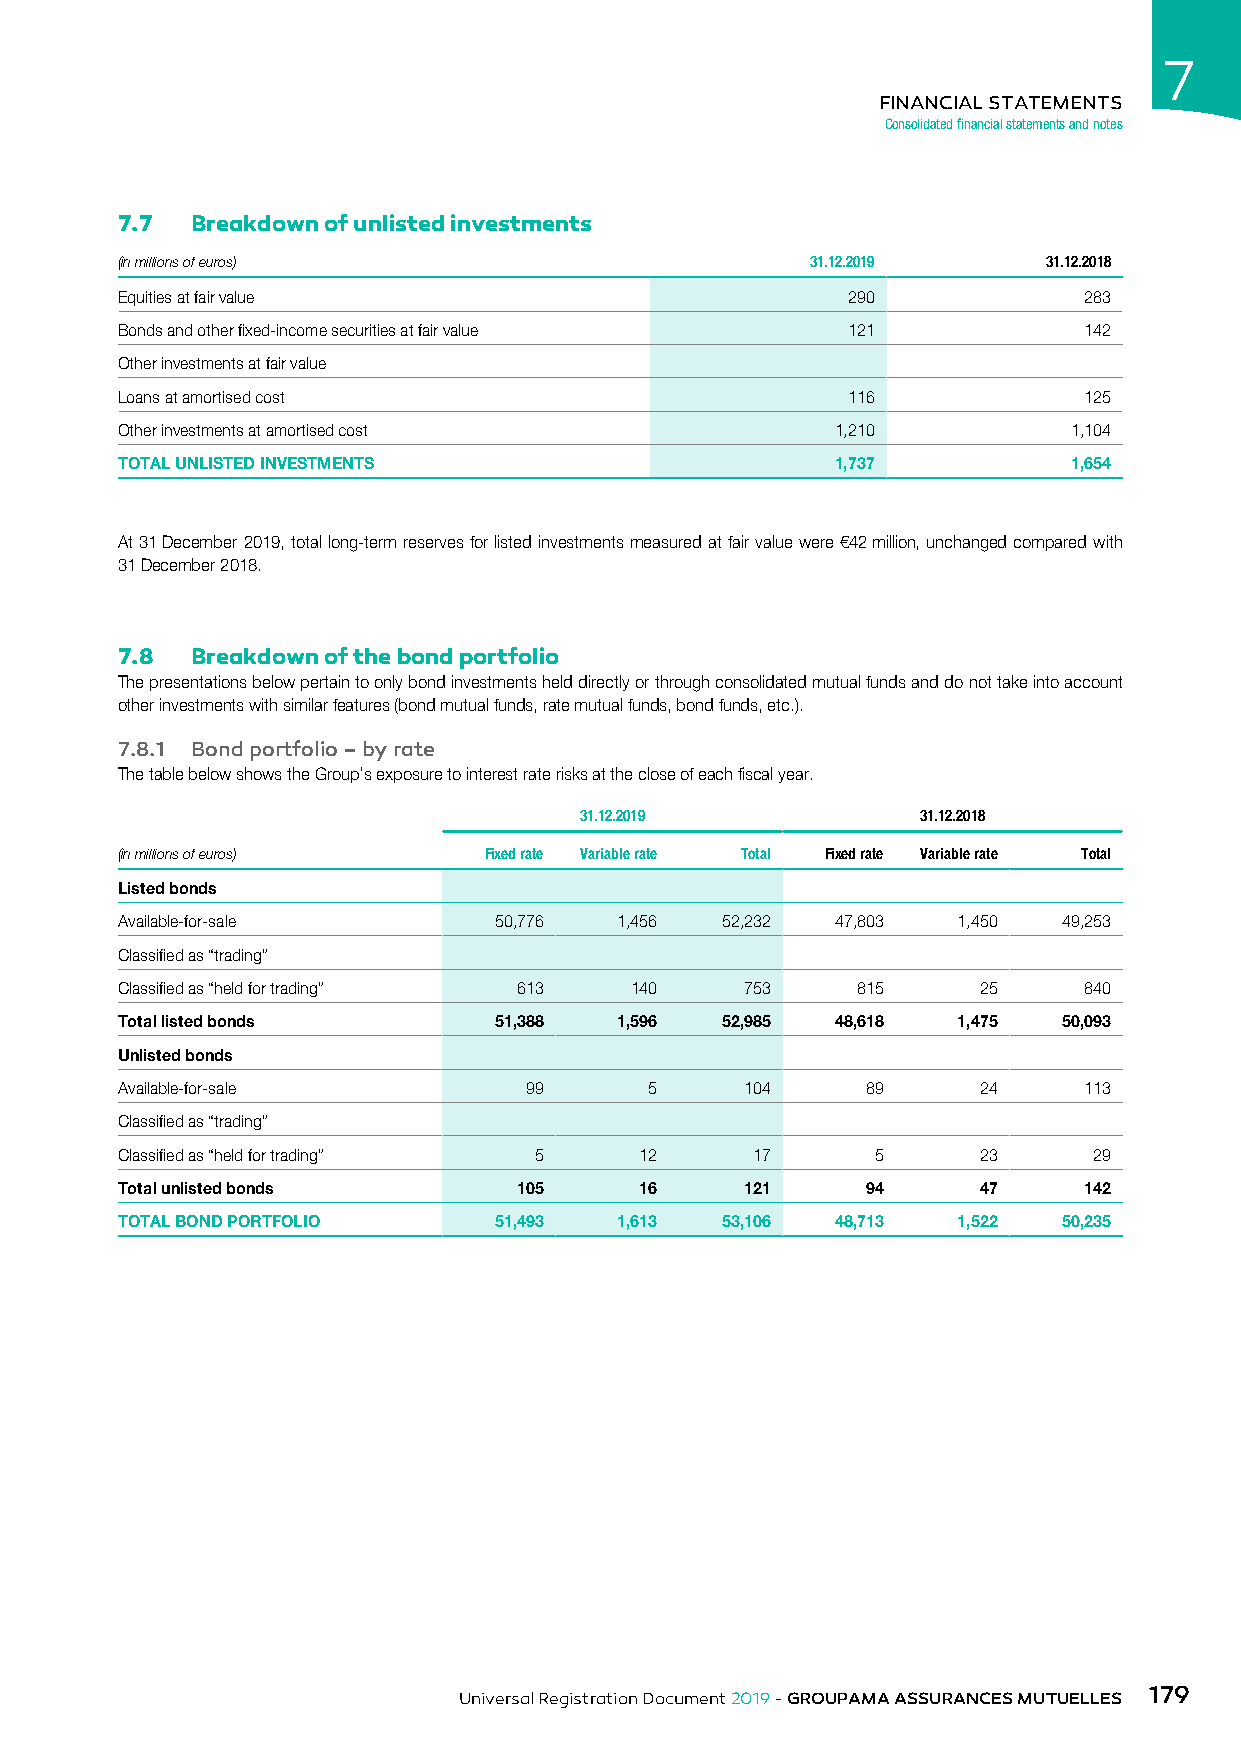
7
 FINANCIAL STATEMENTS
 Consolidated financial statements and notes
 7.7  Breakdown of unlisted investments
 (in millions of euros)                        31.12.2019     31.12.2018
 Equities at fair value                          290             283
 Bonds and other fixed-income securities at fair value 121       142
 Other investments at fair value
 Loans at amortised cost                         116             125
 Other investments at amortised cost            1,210           1,104
 TOTAL UNLISTED INVESTMENTS                     1,737           1,654
 At 31 December 2019, total long-term reserves for listed investments measured at fair value were €42 million, unchanged compared with
 31 December 2018.
 7.8  Breakdown of the bond portfolio
 The presentations below pertain to only bond investments held directly or through consolidated mutual funds and do not take into account
 other investments with similar features (bond mutual funds, rate mutual funds, bond funds, etc.).
 7.8.1 Bond portfolio – by rate
 The table below shows the Group’s exposure to interest rate risks at the close of each fiscal year.
 31.12.2019             31.12.2018
 (in millions of euros)  Fixed rate Variable rate Total Fixed rate Variable rate Total
 Listed bonds
 Available-for-sale       50,776  1,456  52,232 47,803  1,450  49,253
 Classified as “trading”
 Classified as “held for trading” 613 140 753     815     25     840
 Total listed bonds       51,388  1,596  52,985 48,618  1,475  50,093
 Unlisted bonds
 Available-for-sale         99      5     104     89      24     113
 Classified as “trading”
 Classified as “held for trading” 5 12     17      5      23     29
 Total unlisted bonds      105     16     121     94      47     142
 TOTAL BOND PORTFOLIO     51,493  1,613  53,106 48,713  1,522  50,235
 179
 Universal Registration Document 2019 - GROUPAMA ASSURANCES MUTUELLES